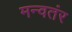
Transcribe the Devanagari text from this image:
मन्वतंर